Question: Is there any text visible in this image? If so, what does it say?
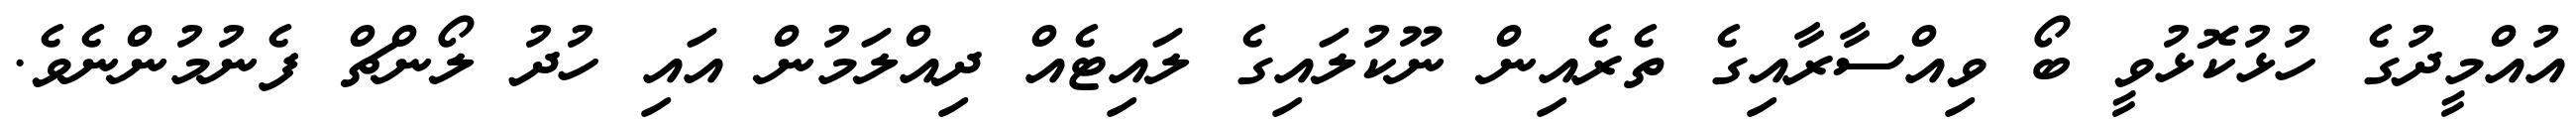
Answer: އުއްމީދުގެ ހުޅުކޮޅުވީ ބޯ ވިއްސާރާއިގެ ތެރެއިން ނޫކުލައިގެ ލައިޓެއް ދިއްލަމުން އައި ހުދު ލޯންޗް ފެނުމުންނެވެ.